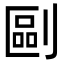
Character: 剾